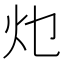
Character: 𭴂